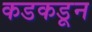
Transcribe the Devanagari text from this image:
कडकडून